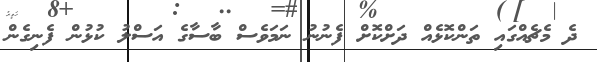
ދެ މެޗެއްގައި ތަންކޮޅެއް ދަށްކޮށް ފެނުނު ނަމަވެސް ބާސާގެ އަސްލު ކުޅުން ފެނިގެން